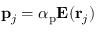
\mathbf { p } _ { j } = \boldsymbol \alpha _ { \mathrm { p } } \mathbf { E } ( \mathbf { r } _ { j } )